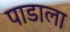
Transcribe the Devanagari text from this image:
पाडाला